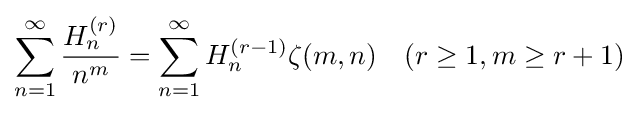
\sum _{n=1}^{\infty }{\frac {H_{n}^{(r)}}{n^{m}}}=\sum _{n=1}^{\infty }H_{n}^{(r-1)}\zeta (m,n)\quad (r\geq 1,m\geq r+1)